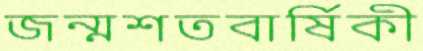
জন্মশতবার্ষিকী